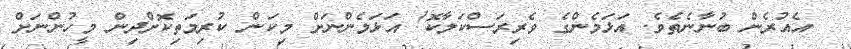
އެއުރެން ބުނާނެތެވެ. އަޅަމެންގެ ވެރިރަސްކަލާކޮ! އަޅަމެންނަށް މިކަން ކުރިމަތިކޮށްދިން މީހުންނަށް